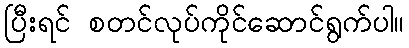
ပြီးရင် စတင်လုပ်ကိုင်ဆောင်ရွက်ပါ။